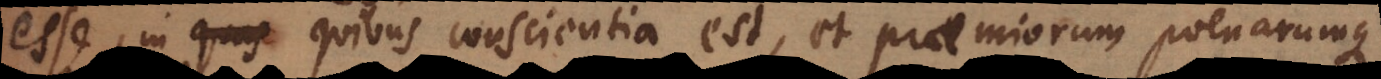
esse, in quibus conscientia est, et praemiorum poenarumque